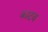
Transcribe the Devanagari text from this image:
काटव